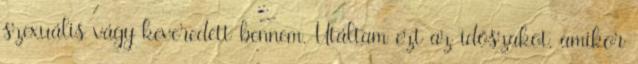
szexuális vágy keveredett bennem. Utáltam ezt az időszakot, amikor